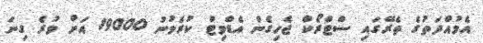
އެމުއްދަތުގެ ތެރޭގައި ސްޓްރޯކް ޖެހިގެން އެޑްމިޓް ކުރެވުނު 19000 އަށް ވުރެ ގިނަ